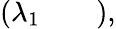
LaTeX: \left(\begin{array}{lll}{\lambda_{1}}&{}&{}\end{array}\right),